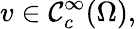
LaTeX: v\in\mathcal{C}_{c}^{\infty}(\Omega),